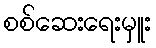
စစ်ဆေးရေးမှူး